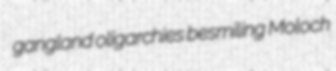
gangland oligarchies besmiling Moloch